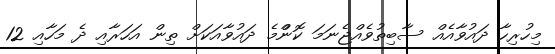
މިހުރިހާ ދައުވާއެއް ސާބިތުވެއްޖެނަމަ ކޮންްމެ ދައުވާއަކަށް ތިން އަހަރާއި ދެ މަހާއި 12